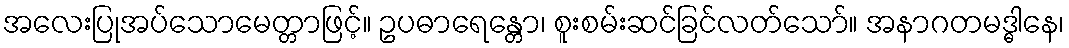
အလေးပြုအပ်သောမေတ္တာဖြင့်။ ဥပဓာရေန္တော၊ စူးစမ်းဆင်ခြင်လတ်သော်။ အနာဂတမဒ္ဓါနေ၊